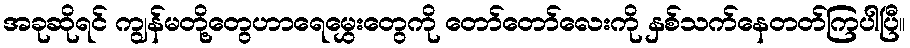
အခုဆိုရင် ကျွန်မတို့တွေဟာရေမွှေးတွေကို တော်တော်လေးကို နှစ်သက်နေတတ်ကြပါပြီ။